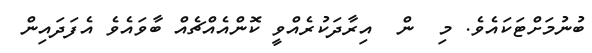
ބުނުމަށްޓަކައެވެ. މި  ން  އިރާދަކުރެއްވީ ކޮންއެއްޗެއް ބާވައެވެ އެފަދައިން